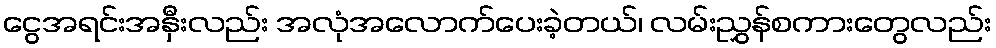
ငွေအရင်းအနှီးလည်း အလုံအလောက်ပေးခဲ့တယ်၊ လမ်းညွှန်စကားတွေလည်း